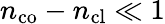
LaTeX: n_{\mathrm{co}}-n_{\mathrm{cl}}\ll 1